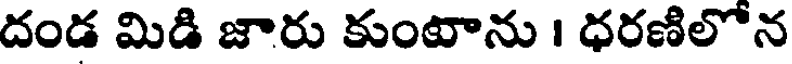
దండ మిడి జారు కుంటాను । ధరణిలోన